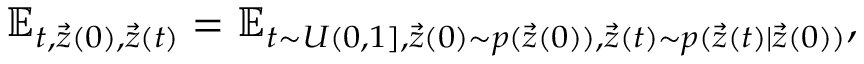
\mathbb { E } _ { t , \vec { z } ( 0 ) , \vec { z } ( t ) } = \mathbb { E } _ { t \sim U ( 0 , 1 ] , \vec { z } ( 0 ) \sim p ( \vec { z } ( 0 ) ) , \vec { z } ( t ) \sim p ( \vec { z } ( t ) | \vec { z } ( 0 ) ) } ,